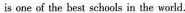
is one of the best schools in the world.